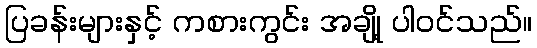
ပြခန်းများနှင့် ကစားကွင်း အချို့ ပါဝင်သည်။